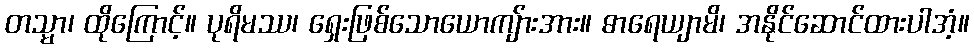
တသ္မာ၊ ထိုကြောင့်။ ပုရိမဿ၊ ရှေးဖြစ်သောယောကျ်ားအား။ ဓာရေယျာမိ၊ အနိုင်ဆောင်ထားပါအံ့။